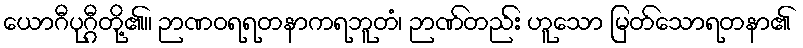
ယောဂီပုဂ္ဂီတို့၏။ ဉာဏဝရရတနာကရဘူတံ၊ ဉာဏ်တည်း ဟူသော မြတ်သောရတနာ၏